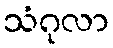
သံဂုလာ